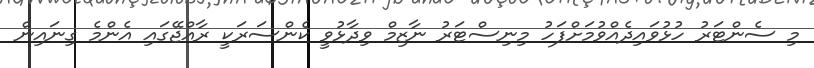
މި ސެންޓަރު ހުޅުވައިދެއްވުމަށްފަހު މިނިސްޓަރު ނާޒިމް ވިދާޅުވީ ކެންސަރަކީ ރާއްޖޭގައި އެންމެ ގިނައިން